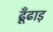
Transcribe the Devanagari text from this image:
ढूँढाड़